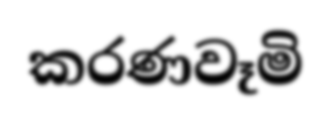
කරණවෑමි